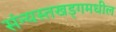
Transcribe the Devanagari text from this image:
संन्यस्तखड्गमधील